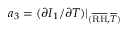
a _ { 3 } = ( \partial I _ { 1 } / \partial T ) \vert _ { ( \overline { { \mathrm { R H } } } , \overline { { T } } ) }